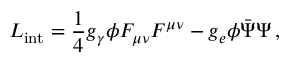
{ \cal L } _ { \mathrm { i n t } } = \frac 1 4 g _ { \gamma } \phi F _ { \mu \nu } F ^ { \mu \nu } - g _ { e } \phi \bar { \Psi } \Psi \, ,